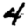
Digit: 4